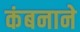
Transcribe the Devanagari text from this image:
कंबनाने